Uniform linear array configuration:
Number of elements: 4
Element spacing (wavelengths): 0.75
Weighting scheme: exponential
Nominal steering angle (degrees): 15
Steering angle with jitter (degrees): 13.267
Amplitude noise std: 0.05
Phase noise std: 0.05

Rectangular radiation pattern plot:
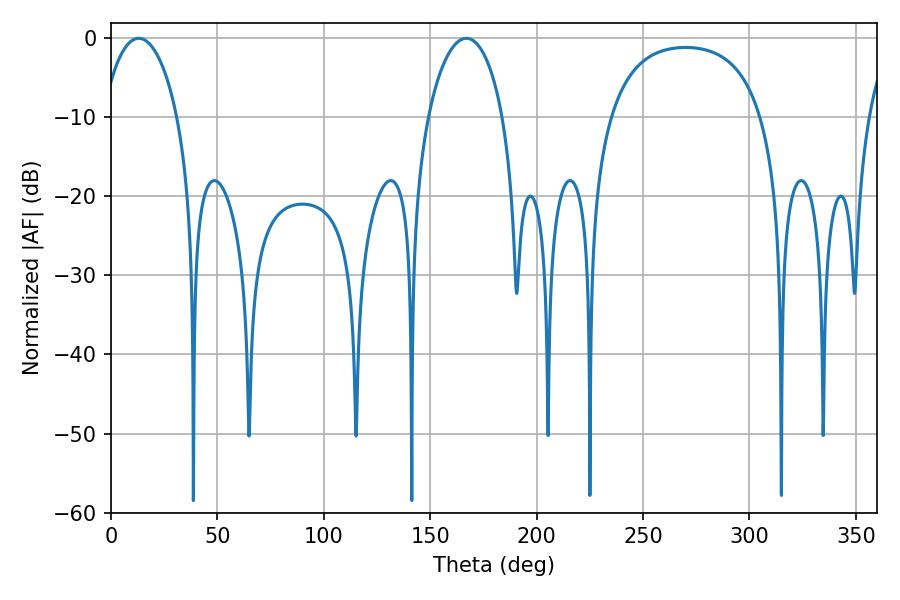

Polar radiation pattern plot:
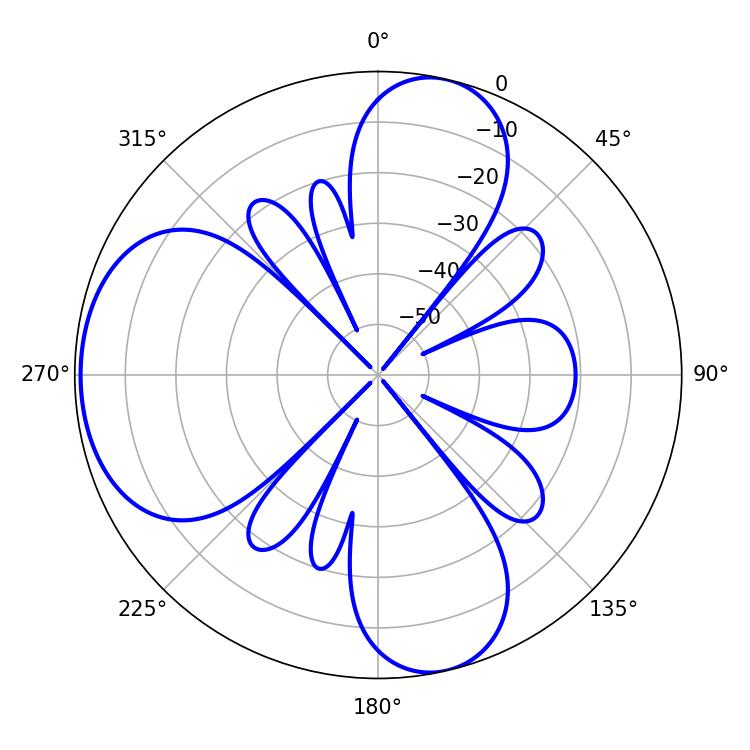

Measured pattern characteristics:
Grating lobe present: TRUE
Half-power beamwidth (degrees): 19.98
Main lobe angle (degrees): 12.96